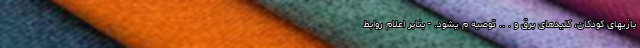
بازیهای کودکان، کلیدهای برق و . .. توصیه م یشود. - بنابر اعلام روابط